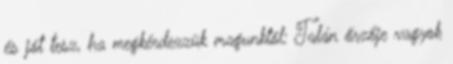
és jót tesz, ha megkérdezzük magunktól: Talán őrzője vagyok